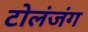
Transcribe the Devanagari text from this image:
टोलंजंग